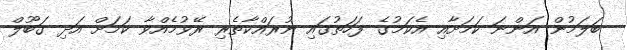
ބަަލަމުން އަންނަ ކަމަށާއި އެކަމުގެ ފަހަތުގައި ނުރައްކާތެރި ރޭވުމެއްވާ ކަމަށް އަދި ގަބޫލް